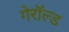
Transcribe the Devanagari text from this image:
गेरॉल्ड